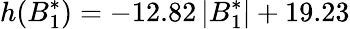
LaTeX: h(B_{1}^{*})=-12.82\, \lvert B_{1}^{*}\rvert+19.23